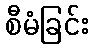
စီမံခြင်း